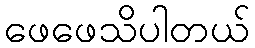
ဖေဖေသိပါတယ်